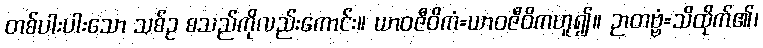
တစ်ပါးပါးသော သစ်ဥ စသည်ကိုလည်းကောင်း။ ယာဝဇီဝိကံ=ယာဝဇီဝိကဟူ၍။ ဉာတဗ္ဗံ=သိထိုက်၏၊